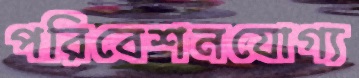
পরিবেশনযোগ্য